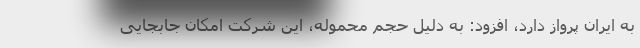
به ایران پرواز دارد، افزود: به دلیل حجم محموله، این شرکت امکان جابجایی